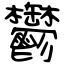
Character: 鬱